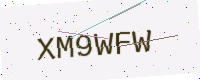
Text: XM9WFW